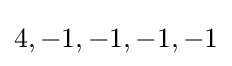
4,-1,-1,-1,-1